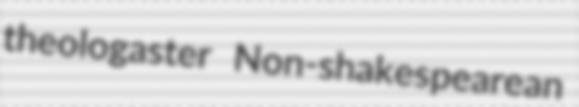
theologaster Non-shakespearean